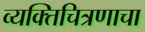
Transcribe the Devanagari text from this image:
व्यक्तिचित्रणाचा